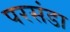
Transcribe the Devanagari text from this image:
परसंडा